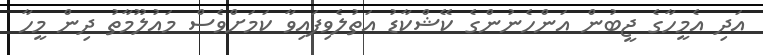
އަދި އެމީހާގެ ޖީބުން އަންހެނުންގެ ކޭޝްކާޑު އަތުލެވިފައިވާ ކަމަށްވެސް މައުލޫމާތު ދިން މީހާ